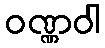
ဝဏ္ဏဝါ